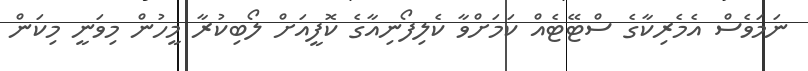
ނަމަވެސް އެމެރިކާގެ ސްޓޭޓެއް ކަމަށްވާ ކެލިފޯނިއާގެ ކޮފީއަށް ލޯބިކުރާ މީހުން މިވަނީ މިކަން